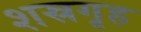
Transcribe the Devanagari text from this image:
शस्रगृह